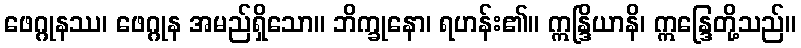
ဖေဂ္ဂုနဿ၊ ဖေဂ္ဂုန အမည်ရှိသော။ ဘိက္ခုနော၊ ရဟန်း၏။ ဣန္ဒြိယာနိ၊ ဣန္ဒြေတို့သည်။